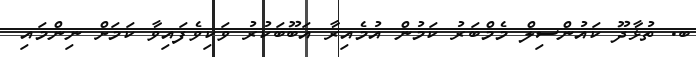
ބ. ތުޅާދޫ ކައުންސިލް މެމްބަރު ކަމުން އުމެއިރާ އަބޫބަކުރު ވަކިވެފައިވާ ކަމަށް ނިންމައި